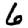
Digit: 6